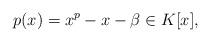
LaTeX: \begin{align*}p(x)=x^p-x-\beta \in K[x],\end{align*}